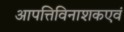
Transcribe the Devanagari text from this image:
आपत्तिविनाशकएवं